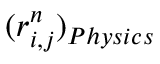
( r _ { i , j } ^ { n } ) _ { P h y s i c s }